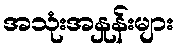
အသုံးအနှုန်းများ